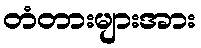
တံတားများအား